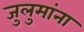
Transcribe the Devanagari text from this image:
जुलुमांना